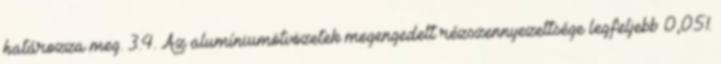
határozza meg. 3.4. Az alumíniumötvözetek megengedett rézszennyezettsége legfeljebb 0,05%